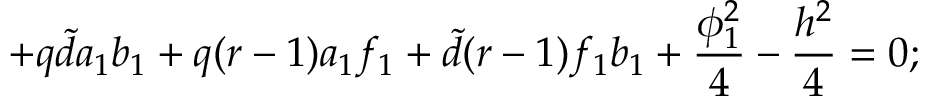
+ q { \tilde { d } } a _ { 1 } b _ { 1 } + q ( r - 1 ) a _ { 1 } f _ { 1 } + { \tilde { d } } ( r - 1 ) f _ { 1 } b _ { 1 } + \frac { \phi _ { 1 } ^ { 2 } } { 4 } - \frac { h ^ { 2 } } { 4 } = 0 ;